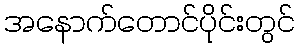
အနောက်တောင်ပိုင်းတွင်